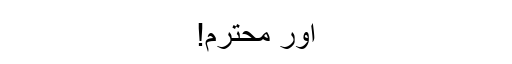
اور محترم!